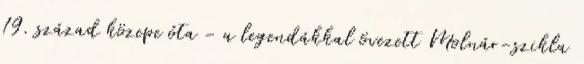
19. század közepe óta - a legendákkal övezett Molnár-szikla